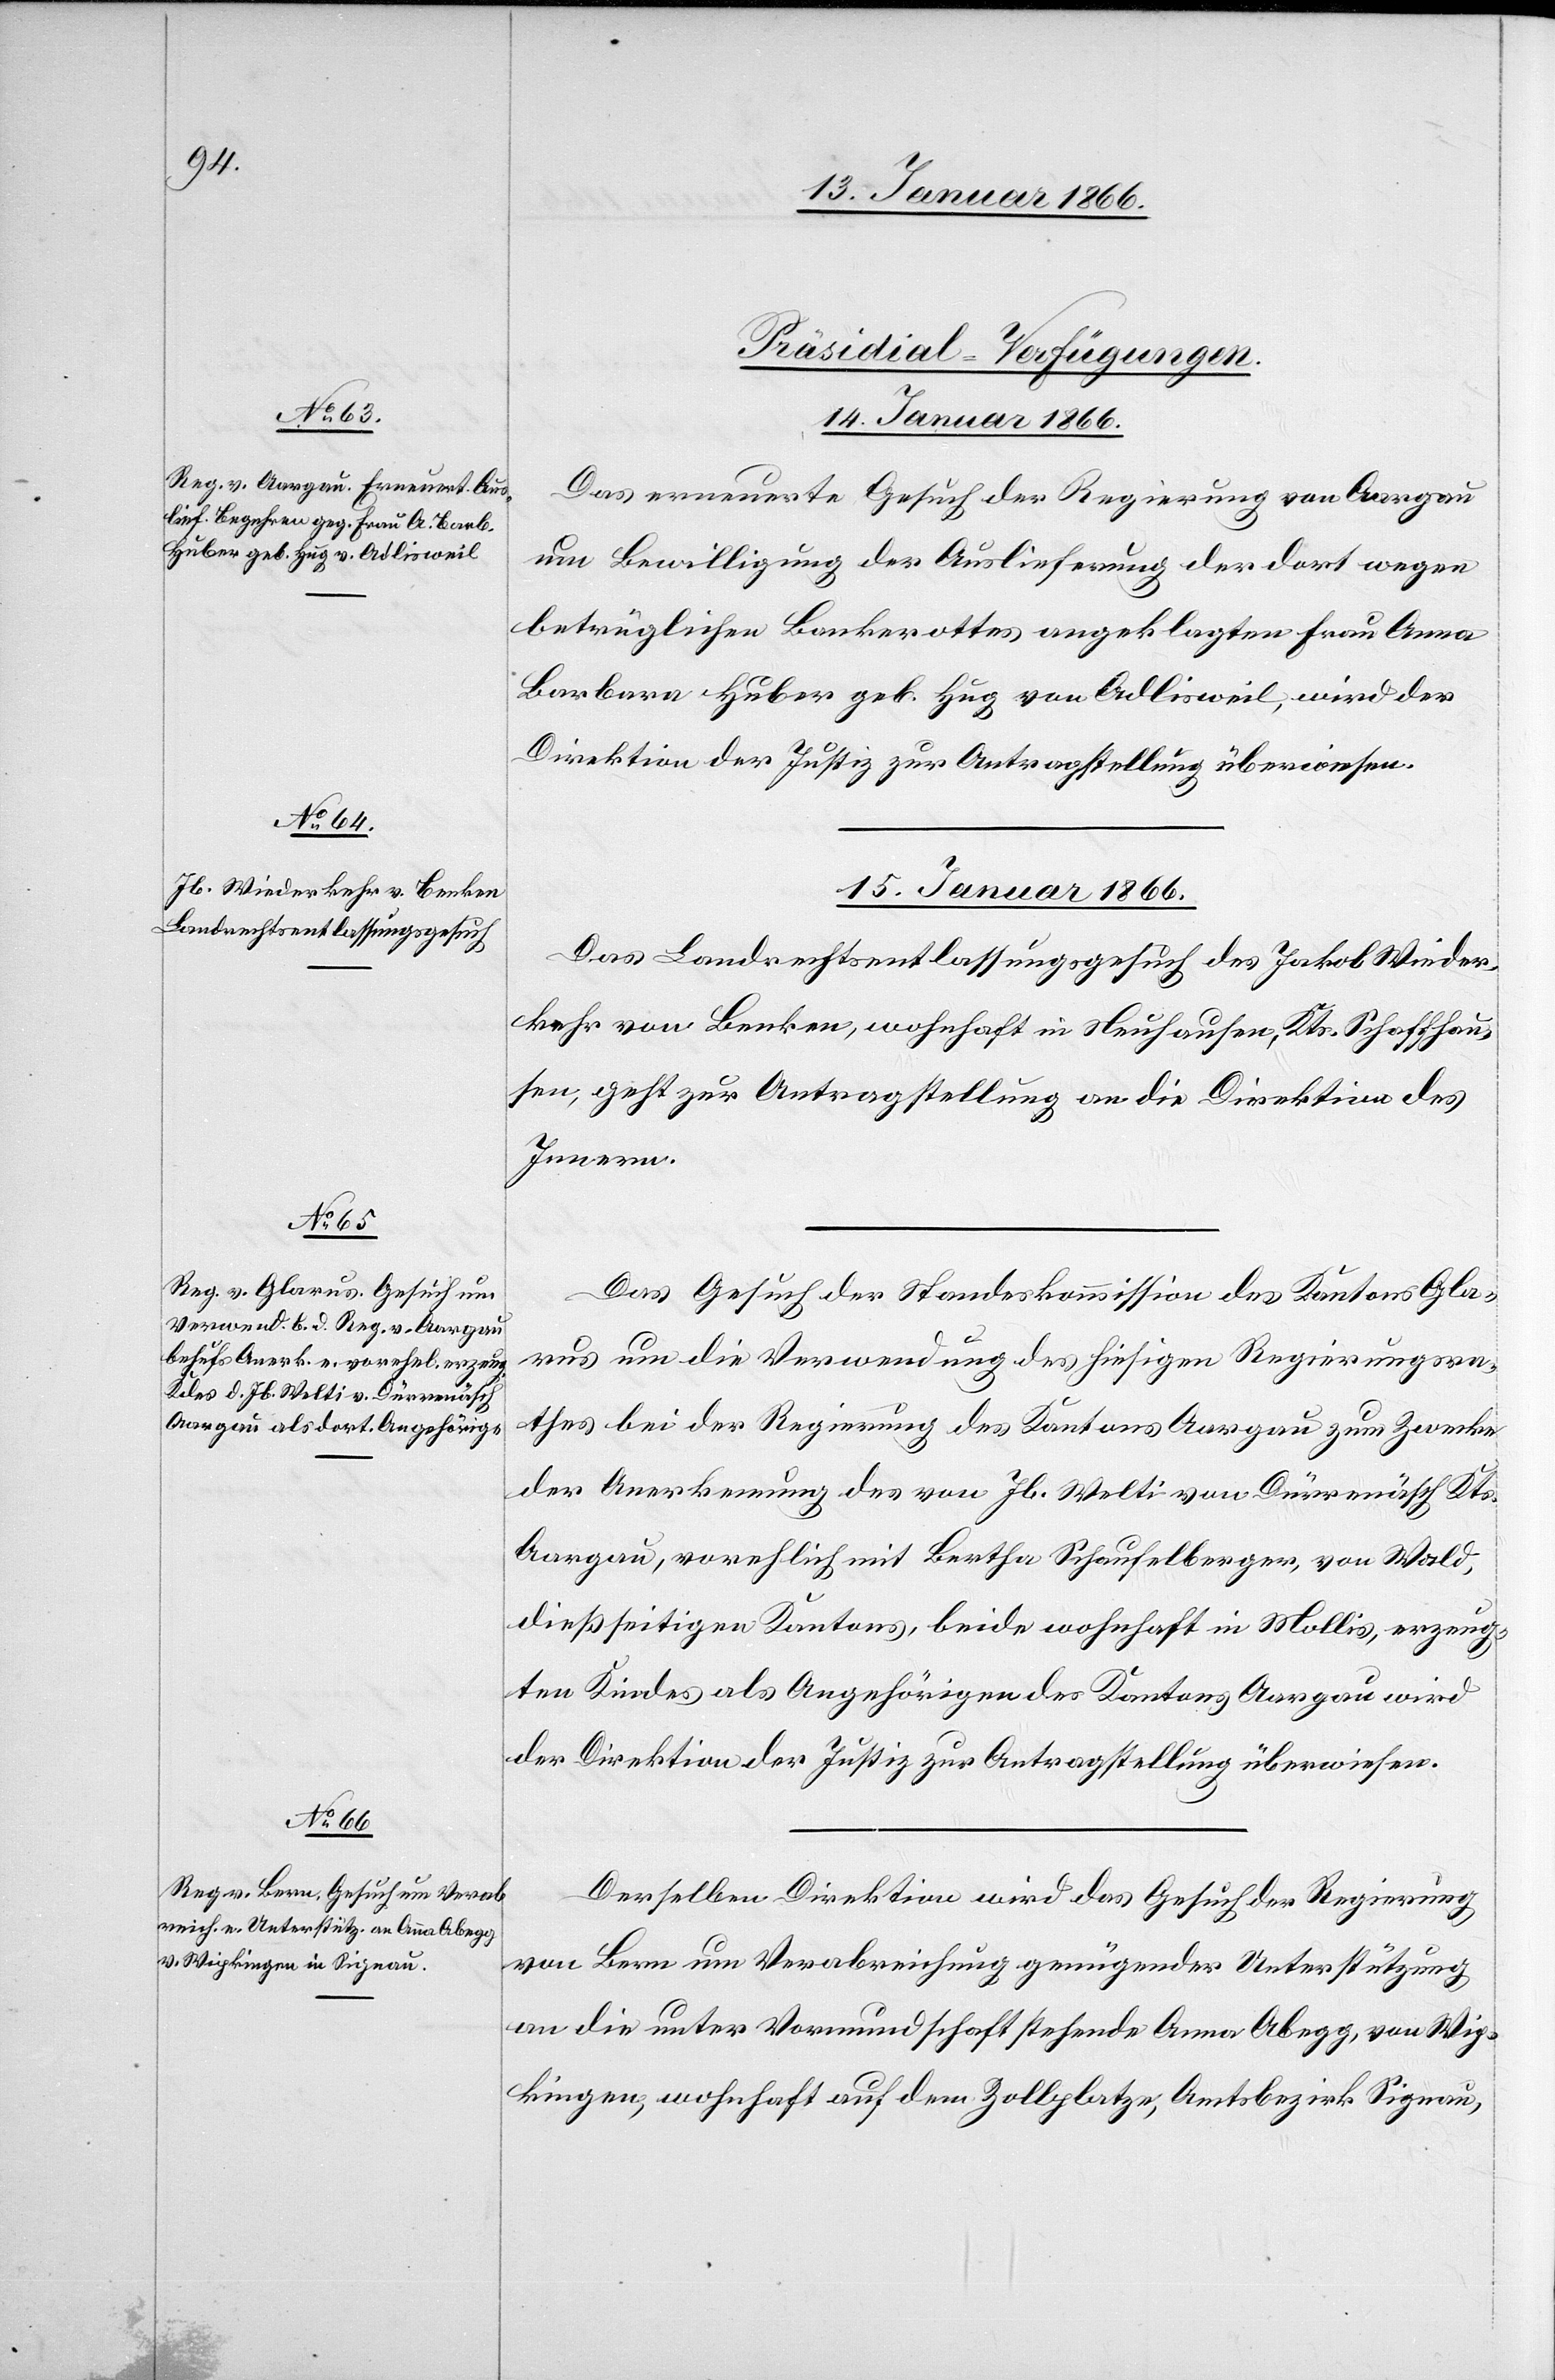
[Präsidial-Verfügungen.
14. Januar 1866.
Das erneuerte Gesuch der Regierung von Aargau
um Bewilligung der Auslieferung der dort wegen
betrüglichen Bankrottes angeklagten Frau Anna
Barbara Huber geb. Hug von Adlisweil, wird der
Direktion der Justiz zur Antragstellung überwiesen.
15. Januar 1866.]
Das Landrechtsentlassungsgesuch des Jakob Wieder¬
kehr von Benken, wohnhaft in Neuhausen, Kts. Schaffhau¬
sen, geht zur Antragstellung an die Direktion des
Innern.
Das Gesuch der Standeskommission des Kantons Gla¬
rus um die Verwendung des hiesigen Regierungsra¬
thes bei der Regierung des Kantons Aargau zum Zwecke
der Anerkennung des von Jb. Welti von Dürrenäsch Kts.
Aargau, vorehlich mit Bertha Schaufelberger, von Wald,
dießseitigen Kantons, beide wohnhaft in Mollis, erzeug¬
ten Kindes als Angehörigen des Kantons Aargau wird
der Direktion der Justiz zur Antragstellung überwiesen.
Derselben Direktion wird das Gesuch der Regierung
von Bern um Verabreichung genügender Unterstützung
an die unter Vormundschaft stehende Anna Abegg, von Wip¬
kingen, wohnhaft auf dem Zollplatze, Amtsbezirk Signau,